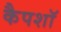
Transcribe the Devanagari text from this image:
कैपशॉ